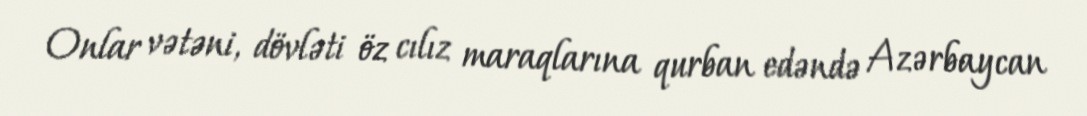
Onlar vətəni, dövləti öz cılız maraqlarına qurban edəndə Azərbaycan